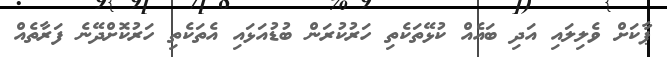
ޕާކަށް ވެލިލައި އަދި ބައެއް ކުޅޭތަކެތި ހަރުކުރަން ބުޑުއަޅައި އެތަކެތި ހަރުކޮށްދޭނެ ފަރާތެއް